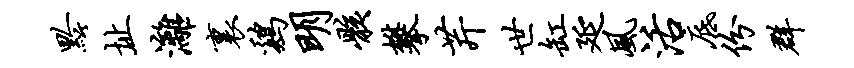
黔址漓里鸡明骸攀芹世缸延风活底份群